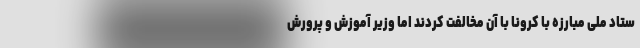
ستاد ملی مبارزه با کرونا با آن مخالفت کردند اما وزیر آموزش و پرورش